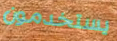
يستخدمون